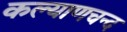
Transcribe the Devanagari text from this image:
कल्याणचन्द